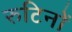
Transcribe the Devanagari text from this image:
रुटिनों